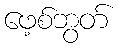
ဖေ့စ်ဘွတ်